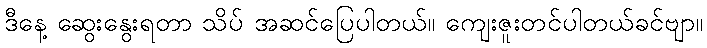
ဒီနေ့ ဆွေးနွေးရတာ သိပ် အဆင်ပြေပါတယ်။ ကျေးဇူးတင်ပါတယ်ခင်ဗျာ။